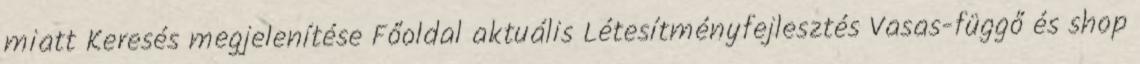
miatt Keresés megjelenítése Főoldal aktuális Létesítményfejlesztés Vasas-függő és shop